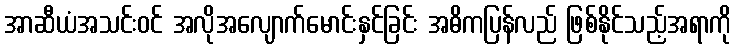
အာဆီယံအသင်းဝင် အလိုအလျောက်မောင်းနှင်ခြင်း အဓိကပြန်လည် ဖြစ်နိုင်သည့်အရာကို